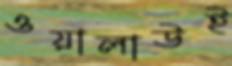
ওয়ালাউই